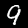
Label: 9